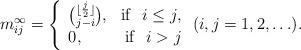
LaTeX: \begin{align*}m_{ij}^{\infty}=\left \{ \begin{array}{lr}{{\lfloor {j\over 2}\rfloor}\choose{j-i}}, & {\rm if}~~ i \leq j, \\ 0, & {\rm if}~~ i>j\end{array} \right. (i, j=1, 2, \ldots).\end{align*}